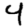
Digit: 4